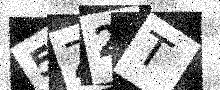
Text: 5Z2T